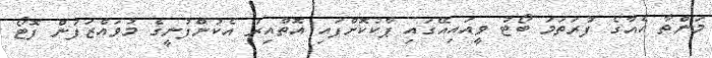
މަންތާ އެއާގެ ފުރަތަމަ ބޯޓު ވީއައިއޭގައި ޕާކުކޮށްފައި އޮތްއިރު އެކުންފުނީގެ މުވައްޒަފުން ފޮޓޯ